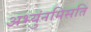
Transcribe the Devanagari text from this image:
अभ्युंनमिसति